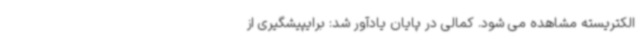
الکتریسته مشاهده می شود. کمالی در پایان یادآور شد: برایپیشگیری از